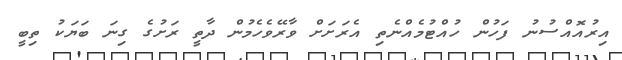
އިރުއޮއްސުނު ފަހުން ހުއްޓުމެއްނެތި އެރަށަށް ވާރޭވެހެމުން ދާތީ ރަށުގެ ގިނަ ބަޔަކު ތިބީ